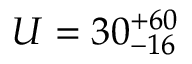
U = 3 0 _ { - 1 6 } ^ { + 6 0 }